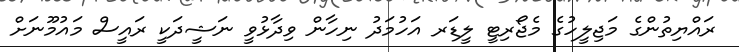
ރައްޔިތުންގެ މަޖިލީހުގެ މެޖޯރިޓީ ލީޑަރ އަހުމަދު ނިހާން ވިދާޅުވީ ނަޝީދަކީ ރައީސް މައުމޫނަށް